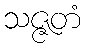
သဇ္ဇတံ